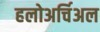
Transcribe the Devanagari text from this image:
हलोअर्चिअल